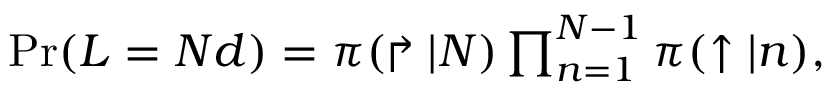
\begin{array} { r } { \operatorname* { P r } ( L = N d ) = \pi ( \Rsh | N ) \prod _ { n = 1 } ^ { N - 1 } \pi ( \uparrow | n ) , } \end{array}